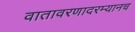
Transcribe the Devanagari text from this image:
वातावरणादरम्यानच